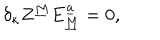
LaTeX: \delta _ { \kappa } Z ^ { \underline { { M } } } E _ { \underline { { M } } } ^ { \underline { { a } } } = 0 ,